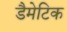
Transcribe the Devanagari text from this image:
डैमेटिक